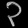
Digit: ၃